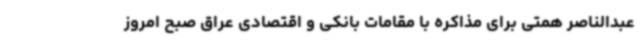
عبدالناصر همتی برای مذاکره با مقامات بانکی و اقتصادی عراق صبح امروز